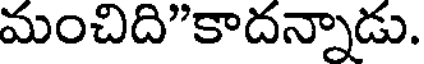
మంచిది"కాదన్నాడు.